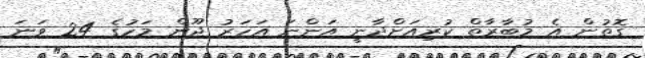
ގޮތުން އެ މުބާރާތް ކުރިއަށްދާނީ އަންނަ އަހަރު ޖޫން މަހުގެ 24 ވަނަ